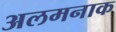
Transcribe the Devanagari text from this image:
अलमनाक